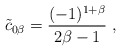
\begin{align*}{\tilde c}_{0\beta} = {(-1)^{1+\beta}\over 2\beta -1}\ ,\end{align*}